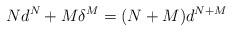
LaTeX: \begin{align*}N d^{N} + M\delta^M = (N+M)d^{N+M}\end{align*}